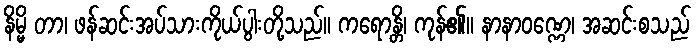
နိမ္မိ တာ၊ ဖန်ဆင်းအပ်သားကိုယ်ပွါးတို့သည်။ ကရောန္တိ၊ ကုန်၏။ နာနာဝဏ္ဏေ၊ အဆင်းစသည်